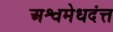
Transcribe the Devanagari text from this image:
अश्वमेधदंत्त